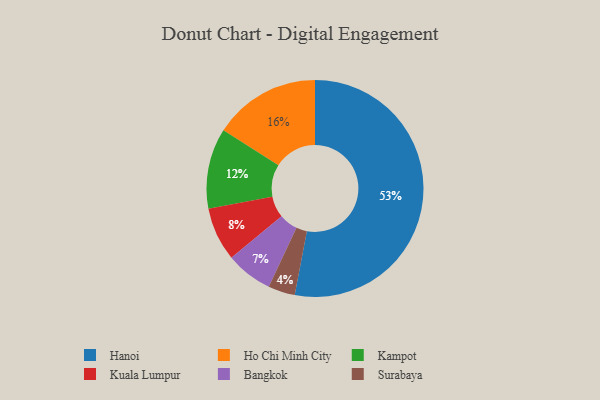
{"axis": {"x": "Category", "y": "Percentage"}, "legend": ["Bangkok", "Hanoi", "Ho Chi Minh City", "Kampot", "Kuala Lumpur", "Surabaya"], "data": [{"x": "Kampot", "y": 12, "type": "Kampot"}, {"x": "Ho Chi Minh City", "y": 16, "type": "Ho Chi Minh City"}, {"x": "Bangkok", "y": 7, "type": "Bangkok"}, {"x": "Surabaya", "y": 4, "type": "Surabaya"}, {"x": "Kuala Lumpur", "y": 8, "type": "Kuala Lumpur"}, {"x": "Hanoi", "y": 53, "type": "Hanoi"}]}